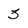
Character: 3